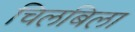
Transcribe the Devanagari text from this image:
चिलबिला